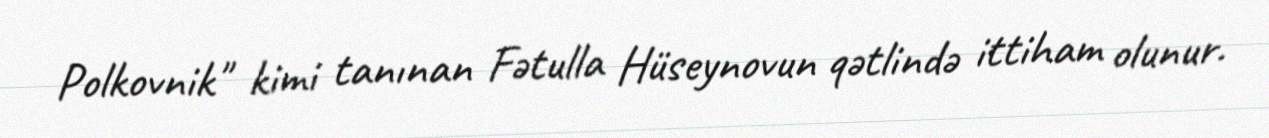
Polkovnik" kimi tanınan Fətulla Hüseynovun qətlində ittiham olunur.